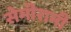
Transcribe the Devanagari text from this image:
सेमीरामी